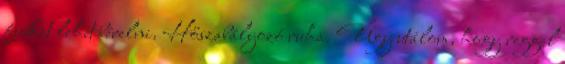
fiúkat lehet bérelni. Hőszabályozó ruha. Úgy utálom, hogy reggel